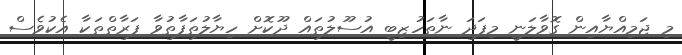
މި ޖަމިއްޔާއިން ގޮވާލަނީ މިފަދަ ނާތަހުޒިބީ އުސޫލުތައް ދޫކޮށް ހިޔާލުތަފާތުވާ ފަރާތްތަކާ އެކުވެސް